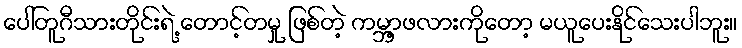
ပေါ်တူဂီသားတိုင်းရဲ့ တောင့်တမှု ဖြစ်တဲ့ ကမ္ဘာ့ဖလားကိုတော့ မယူပေးနိုင်သေးပါဘူး။